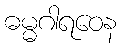
ဓမ္မဂါရဝေန